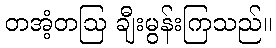
တအံ့တဩ ချီးမွန်းကြသည်။